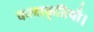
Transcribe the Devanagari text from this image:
कलाकृतियाँ।